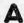
A